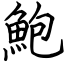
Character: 鮑